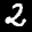
Label: 2